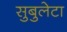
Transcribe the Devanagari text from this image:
सुबुलेटा